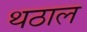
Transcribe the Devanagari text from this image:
थठाल